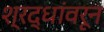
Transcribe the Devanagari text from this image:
श्रद्धांवरून